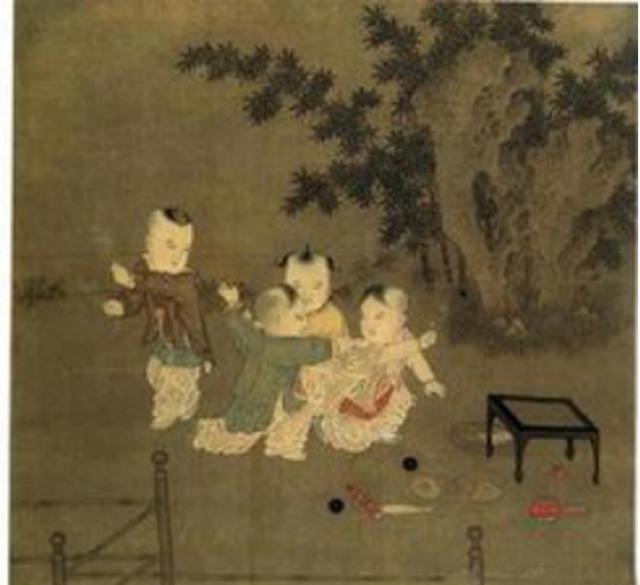
小儿呼叫走长街，云有痴呆召人买。